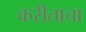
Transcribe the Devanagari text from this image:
करीताचा